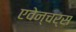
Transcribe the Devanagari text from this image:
एवेन्चर्स